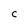
Character: C